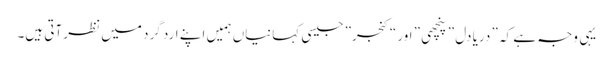
یہی وجہ ہے کہ ” دریا دل ” پنچھی ” اور “کنجر” جیسی کہانیاں ہمیں اپنے ارد گرد میں نظر آتی ہیں۔